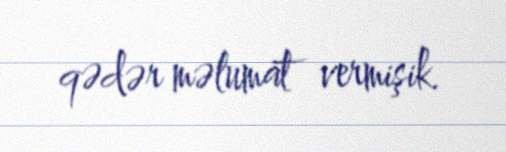
qədər məlumat vermişik.